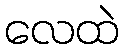
လေထဲ